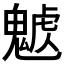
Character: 𩳰